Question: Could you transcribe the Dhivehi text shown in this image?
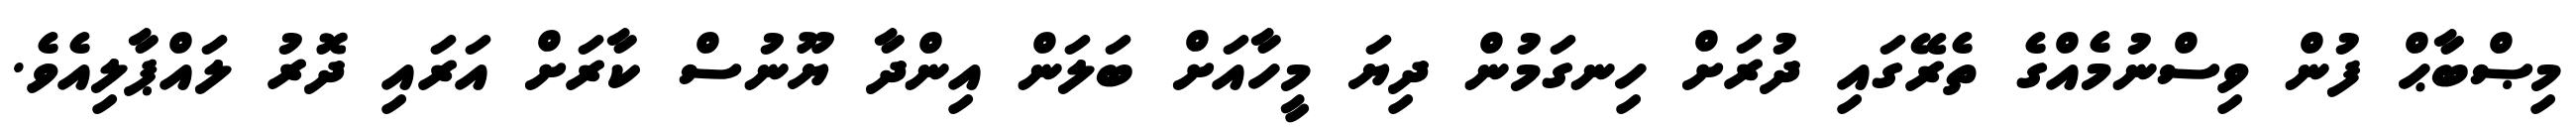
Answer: މިޞްބާޙް ފުން ވިސްނުމެއްގެ ތެރޭގައި ދުރަށް ހިނގަމުން ދިޔަ މީހާއަށް ބަލަން އިންދާ ޔޫނުސް ކާރަށް އަރައި ދޮރު ލައްޕާލިއެވެ.